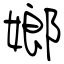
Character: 嫏